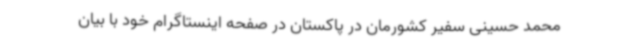
محمد حسینی سفیر کشورمان در پاکستان در صفحه اینستاگرام خود با بیان